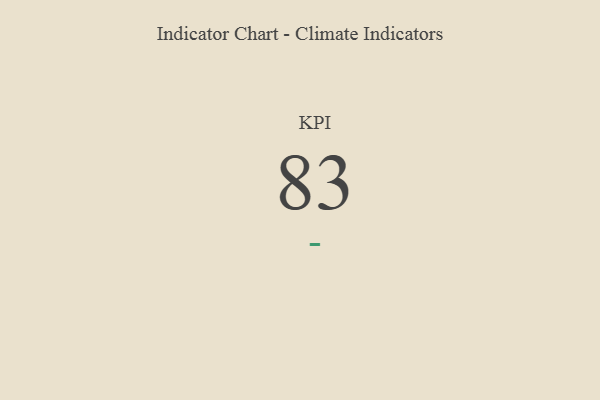
{"axis": {"x": "KPI", "y": "Value"}, "legend": [""], "data": [{"x": "KPI", "y": 83, "type": ""}]}